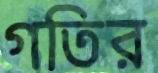
গতির